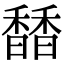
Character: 𩡐